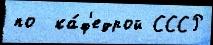
по  ка́ф'едрой СССР